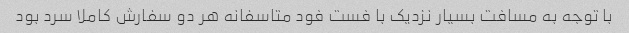
با توجه به مسافت بسیار نزدیک با فست فود متاسفانه هر دو سفارش کاملا سرد بود